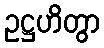
ဥဋ္ဌဟိတွာ